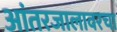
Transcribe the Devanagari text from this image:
आंतरजालावरचा